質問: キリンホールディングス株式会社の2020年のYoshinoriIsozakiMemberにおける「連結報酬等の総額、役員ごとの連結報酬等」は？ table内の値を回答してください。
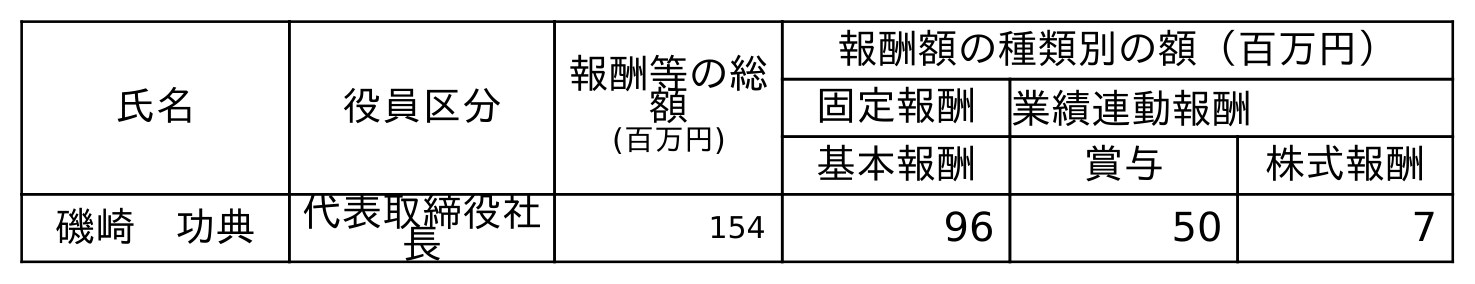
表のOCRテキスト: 氏名 役員区分 報酬等の総 額 (百万円) 報酬額の種類別の額（百万円） 固定報酬 業績連動報酬 基本報酬 賞与 株式報酬 磯崎 功典 代表取締役社 長 154 96 50 7
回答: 154